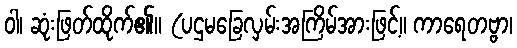
ဝါ၊ ဆုံးဖြတ်ထိုက်၏။ (ပဌမခြေလှမ်းအကြိမ်အားဖြင့်။ ကာရေတဗ္ဗာ၊